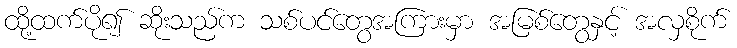
ထို့ထက်ပို၍ ဆိုးသည်က သစ်ပင်တွေအကြားမှာ အမြစ်တွေနှင့် အလှစိုက်